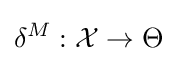
\delta ^{M}:{\mathcal {X}}\rightarrow \Theta \,\!